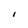
Character: I